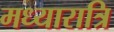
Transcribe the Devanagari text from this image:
मध्यारात्रि